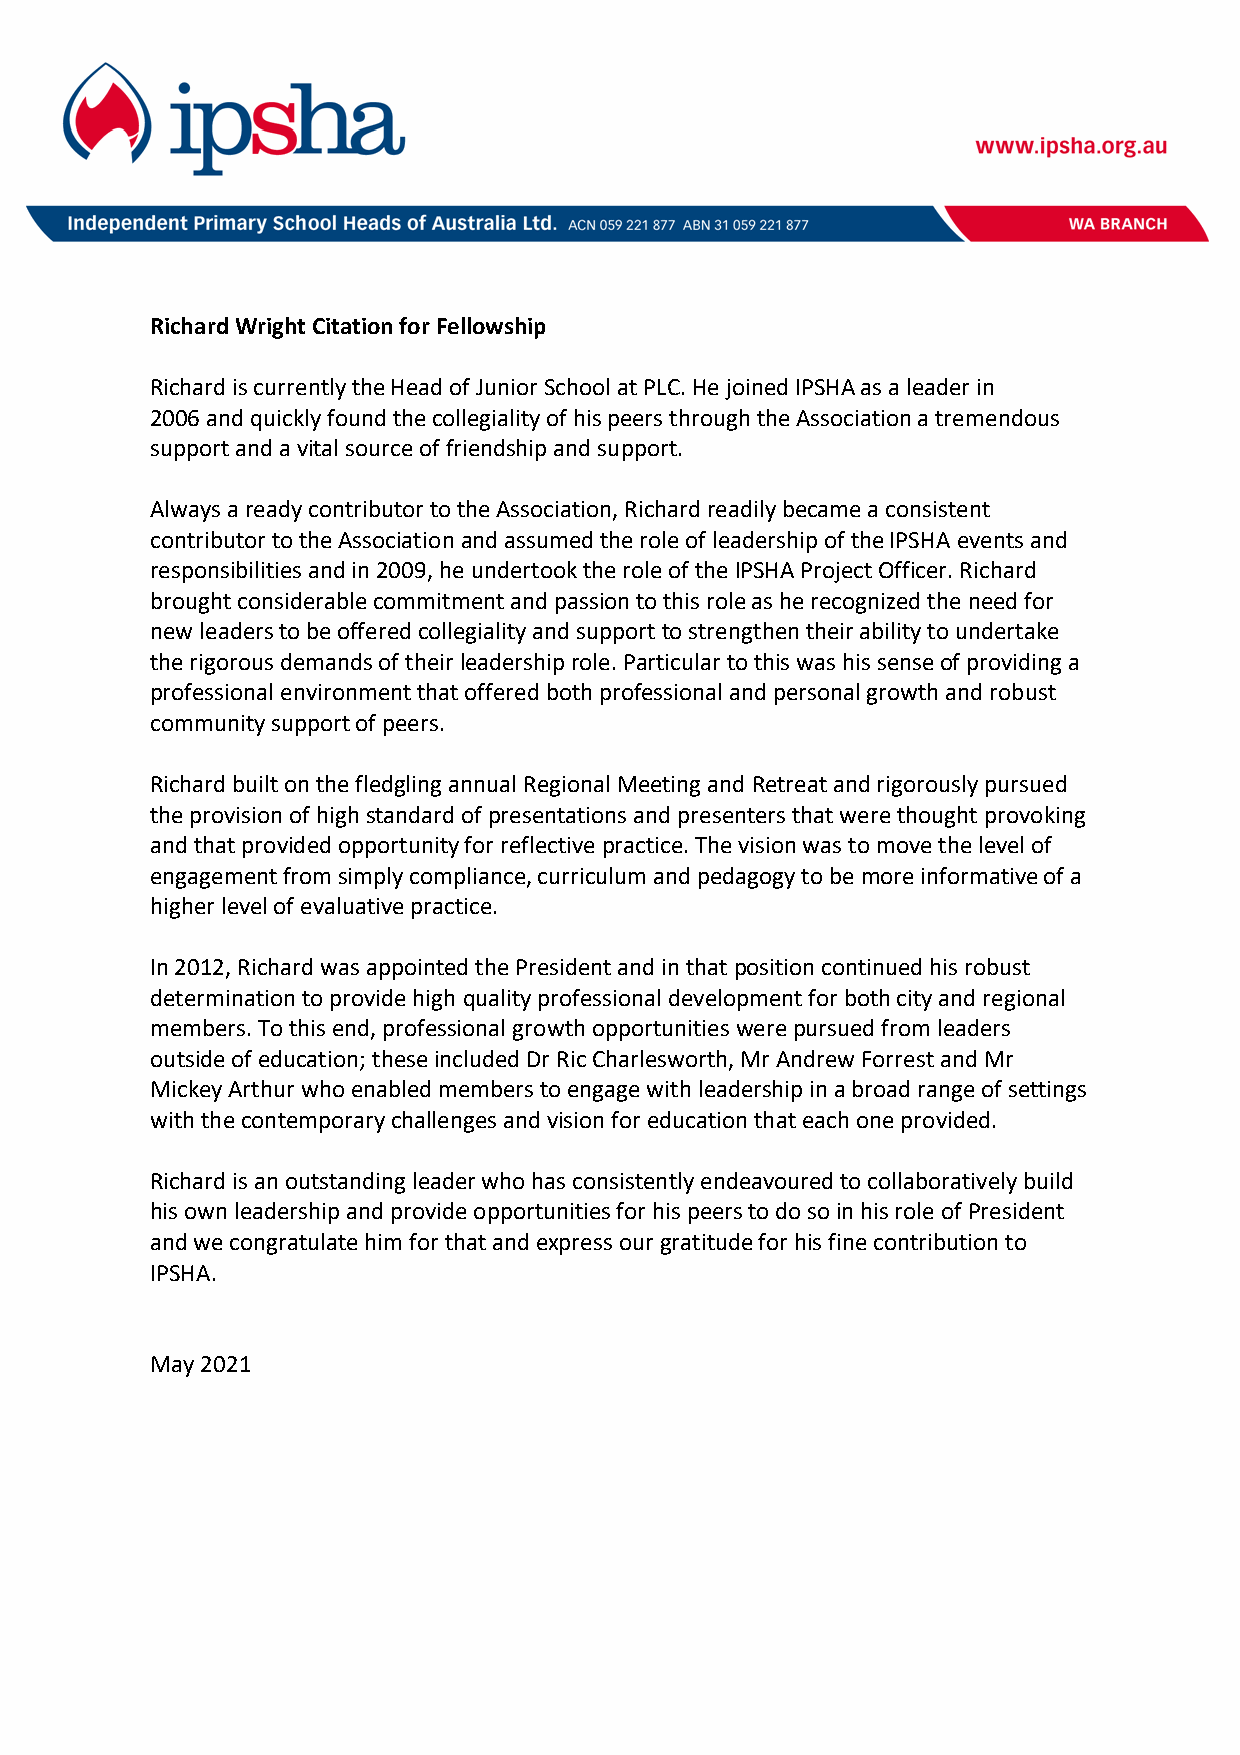
Richard Wright Citation for Fellowship
 Richard is currently the Head of Junior School at PLC. He joined IPSHA as a leader in
 2006 and quickly found the collegiality of his peers through the Association a tremendous
 support and a vital source of friendship and support.
 Always a ready contributor to the Association, Richard readily became a consistent
 contributor to the Association and assumed the role of leadership of the IPSHA events and
 responsibilities and in 2009, he undertook the role of the IPSHA Project Officer. Richard
 brought considerable commitment and passion to this role as he recognized the need for
 new leaders to be offered collegiality and support to strengthen their ability to undertake
 the rigorous demands of their leadership role. Particular to this was his sense of providing a
 professional environment that offered both professional and personal growth and robust
 community support of peers.
 Richard built on the fledgling annual Regional Meeting and Retreat and rigorously pursued
 the provision of high standard of presentations and presenters that were thought provoking
 and that provided opportunity for reflective practice. The vision was to move the level of
 engagement from simply compliance, curriculum and pedagogy to be more informative of a
 higher level of evaluative practice.
 In 2012, Richard was appointed the President and in that position continued his robust
 determination to provide high quality professional development for both city and regional
 members. To this end, professional growth opportunities were pursued from leaders
 outside of education; these included Dr Ric Charlesworth, Mr Andrew Forrest and Mr
 Mickey Arthur who enabled members to engage with leadership in a broad range of settings
 with the contemporary challenges and vision for education that each one provided.
 Richard is an outstanding leader who has consistently endeavoured to collaboratively build
 his own leadership and provide opportunities for his peers to do so in his role of President
 and we congratulate him for that and express our gratitude for his fine contribution to
 IPSHA.
 May 2021